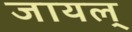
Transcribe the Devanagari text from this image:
जायल्